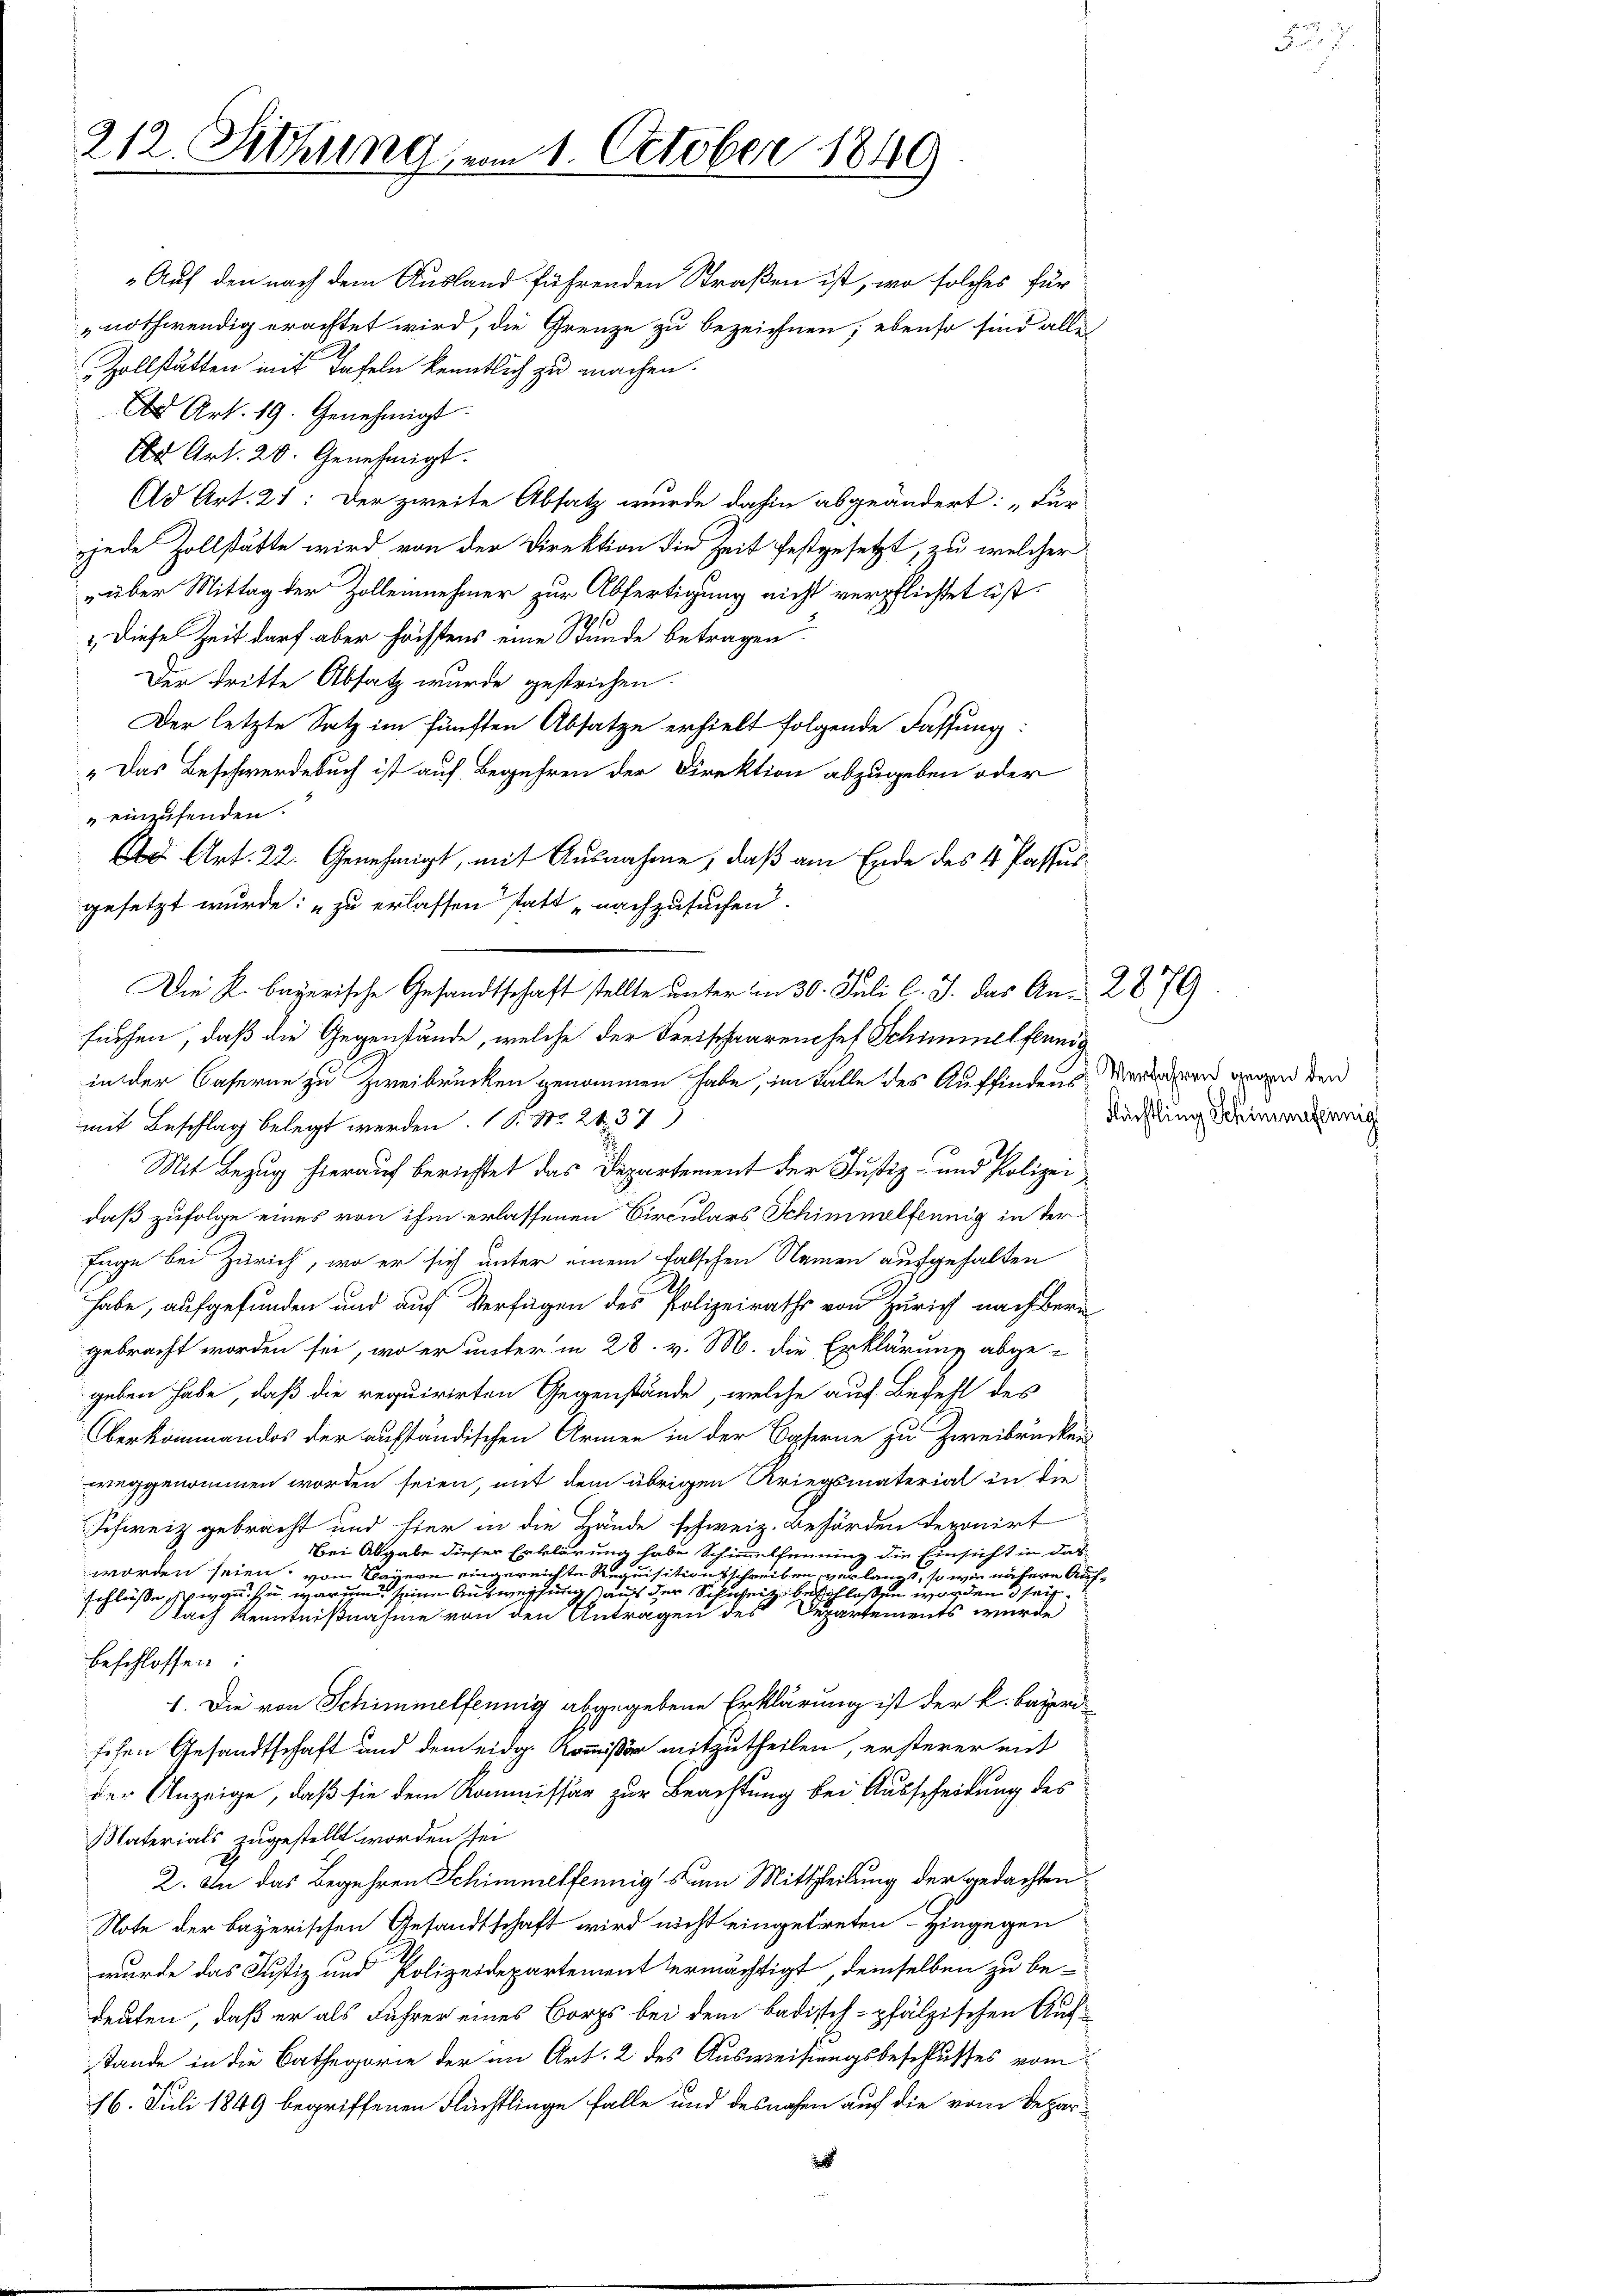
212. Sitzung, um 1. October 1849

„Auf den nach dem Ausland führenden Straßen ist, wo solches für
nothwendig erachtet wird, die Grenze zu bezeichnen; ebenso sind alle
Zollstätten mit Tafeln kenntlich zu machen.
C Art. 19. Genehmigt.
 Art. 20. Genehmigt.
Ad Art. 21: Der zweite Absatz wurde dahin abgeändert: „Für
jede Zollstätte wird von der Direktion die Zeit festgesetzt, zu welcher
„über Mittag der Zollennehmer zur Abfertigung nicht verpflichtet ist.
 Diese Zeit darf aber höchstens eine Stunde betragen.
Der dritte Absatz wurde gestrichen.
Der letzte Satz im fünften Absatze erhielt folgende Fassung:
„Das Beschwerdebuch ist auf Begehren der Direktion abzugeben oder
einzusenden.
d Art. 22. Genehmigt, mit Ausnahme, daß am Ende des 4 Passus
gesetzt wurde: „zu erlassen statt „nachzusuchen.
fürfen, daß die Gegenstände, welche der Freischaarenchet Schimmelflunde
in der Caserne zu Zweibrücken genommen habe, im Falle des Auffindens
mit Beschlag belegt werden (S. S. 21. 37
Mit Bezug hierauf berichtet das Departement der Justiz- und Polizei
daß zufolge eines von ihm erlassenen Circulars Schimmelfennig in der¬
Tage bei Zürich, wo er sich unter einem falschen Namen aufgehalten
habe, aufgefunden und auf Verfügen des Polizeiraths von Zürich nach Bern
gebracht worden sei, wo er unter in 28. v. M. die Erklärung abgegeben habe, daß die requirirten Gegenstände, welche auf Befehl des
Oberkommandos der aufständischen Armen in der Opferne zu Zweibrücken
weggenommen worden seien, mit dem übrigen Kriegsmaterial in die
Schweiz gebracht und ster in die Hände schweiz. Behörden deponirt
Bei Abgabe dieser Erklärung habe Schimmlheinung die Einsicht in das
worden seien. Lagern eingereichte Requisitionsschreiben verlangt, so wie nähere Aufschlüsse wan zu waren seine Ausweisung auf der Schweiz beschlossen worden d sei.
Nach Kenntnißnahme von den Anträgen des Departements wurde
beschlossen:
1. Die von Schimmelfennig abgegebene Erklärung ist der k. bayeri
fehen Gesandtschaft und dem eidg. Kommißär mitzutheilen, ersterer mit
der Anzeige, daß sie dem Kommissär zur Beachtung bei Ausscheidung des
Materials zugestellt worden sei
2. In das Begehren Schimmelfennig zum Mittheilung der gedachten
Note der bayerischen Gesandtschaft wird nicht eingetreten. Hingegen
wurde das Justiz und Polizeidepartement ermächtigt, demselben zu bedeuten, daß er als Führer eines Borgs bei dem Badisch-pfälzischen Aufstände in die Cathegorie der im Art. 2 des Ausweisungsbeschlusses vom
16. Juli 1849 begriffenen Flüchtlinge falle und desnahen auf die vom Depar¬

Die K. bayerische Gesandtschaft stellte unter am 30. Juli l. J. das An- 2879

Verfahren gegen den
Flüchtling Schimmereinig